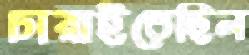
চারাইতেছিল